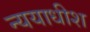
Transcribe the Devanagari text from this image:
न्ययाधीश